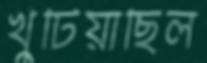
খুঁটিয়াছিল